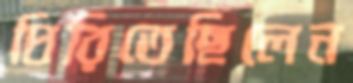
ঘিরিতেছিলেন